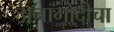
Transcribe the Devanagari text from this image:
अनागोंदीचा